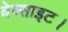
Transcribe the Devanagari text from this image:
वेब्साइट।